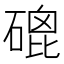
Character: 磇